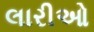
લારીઓ